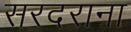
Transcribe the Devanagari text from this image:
सरदराना